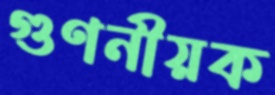
গুণনীয়ক